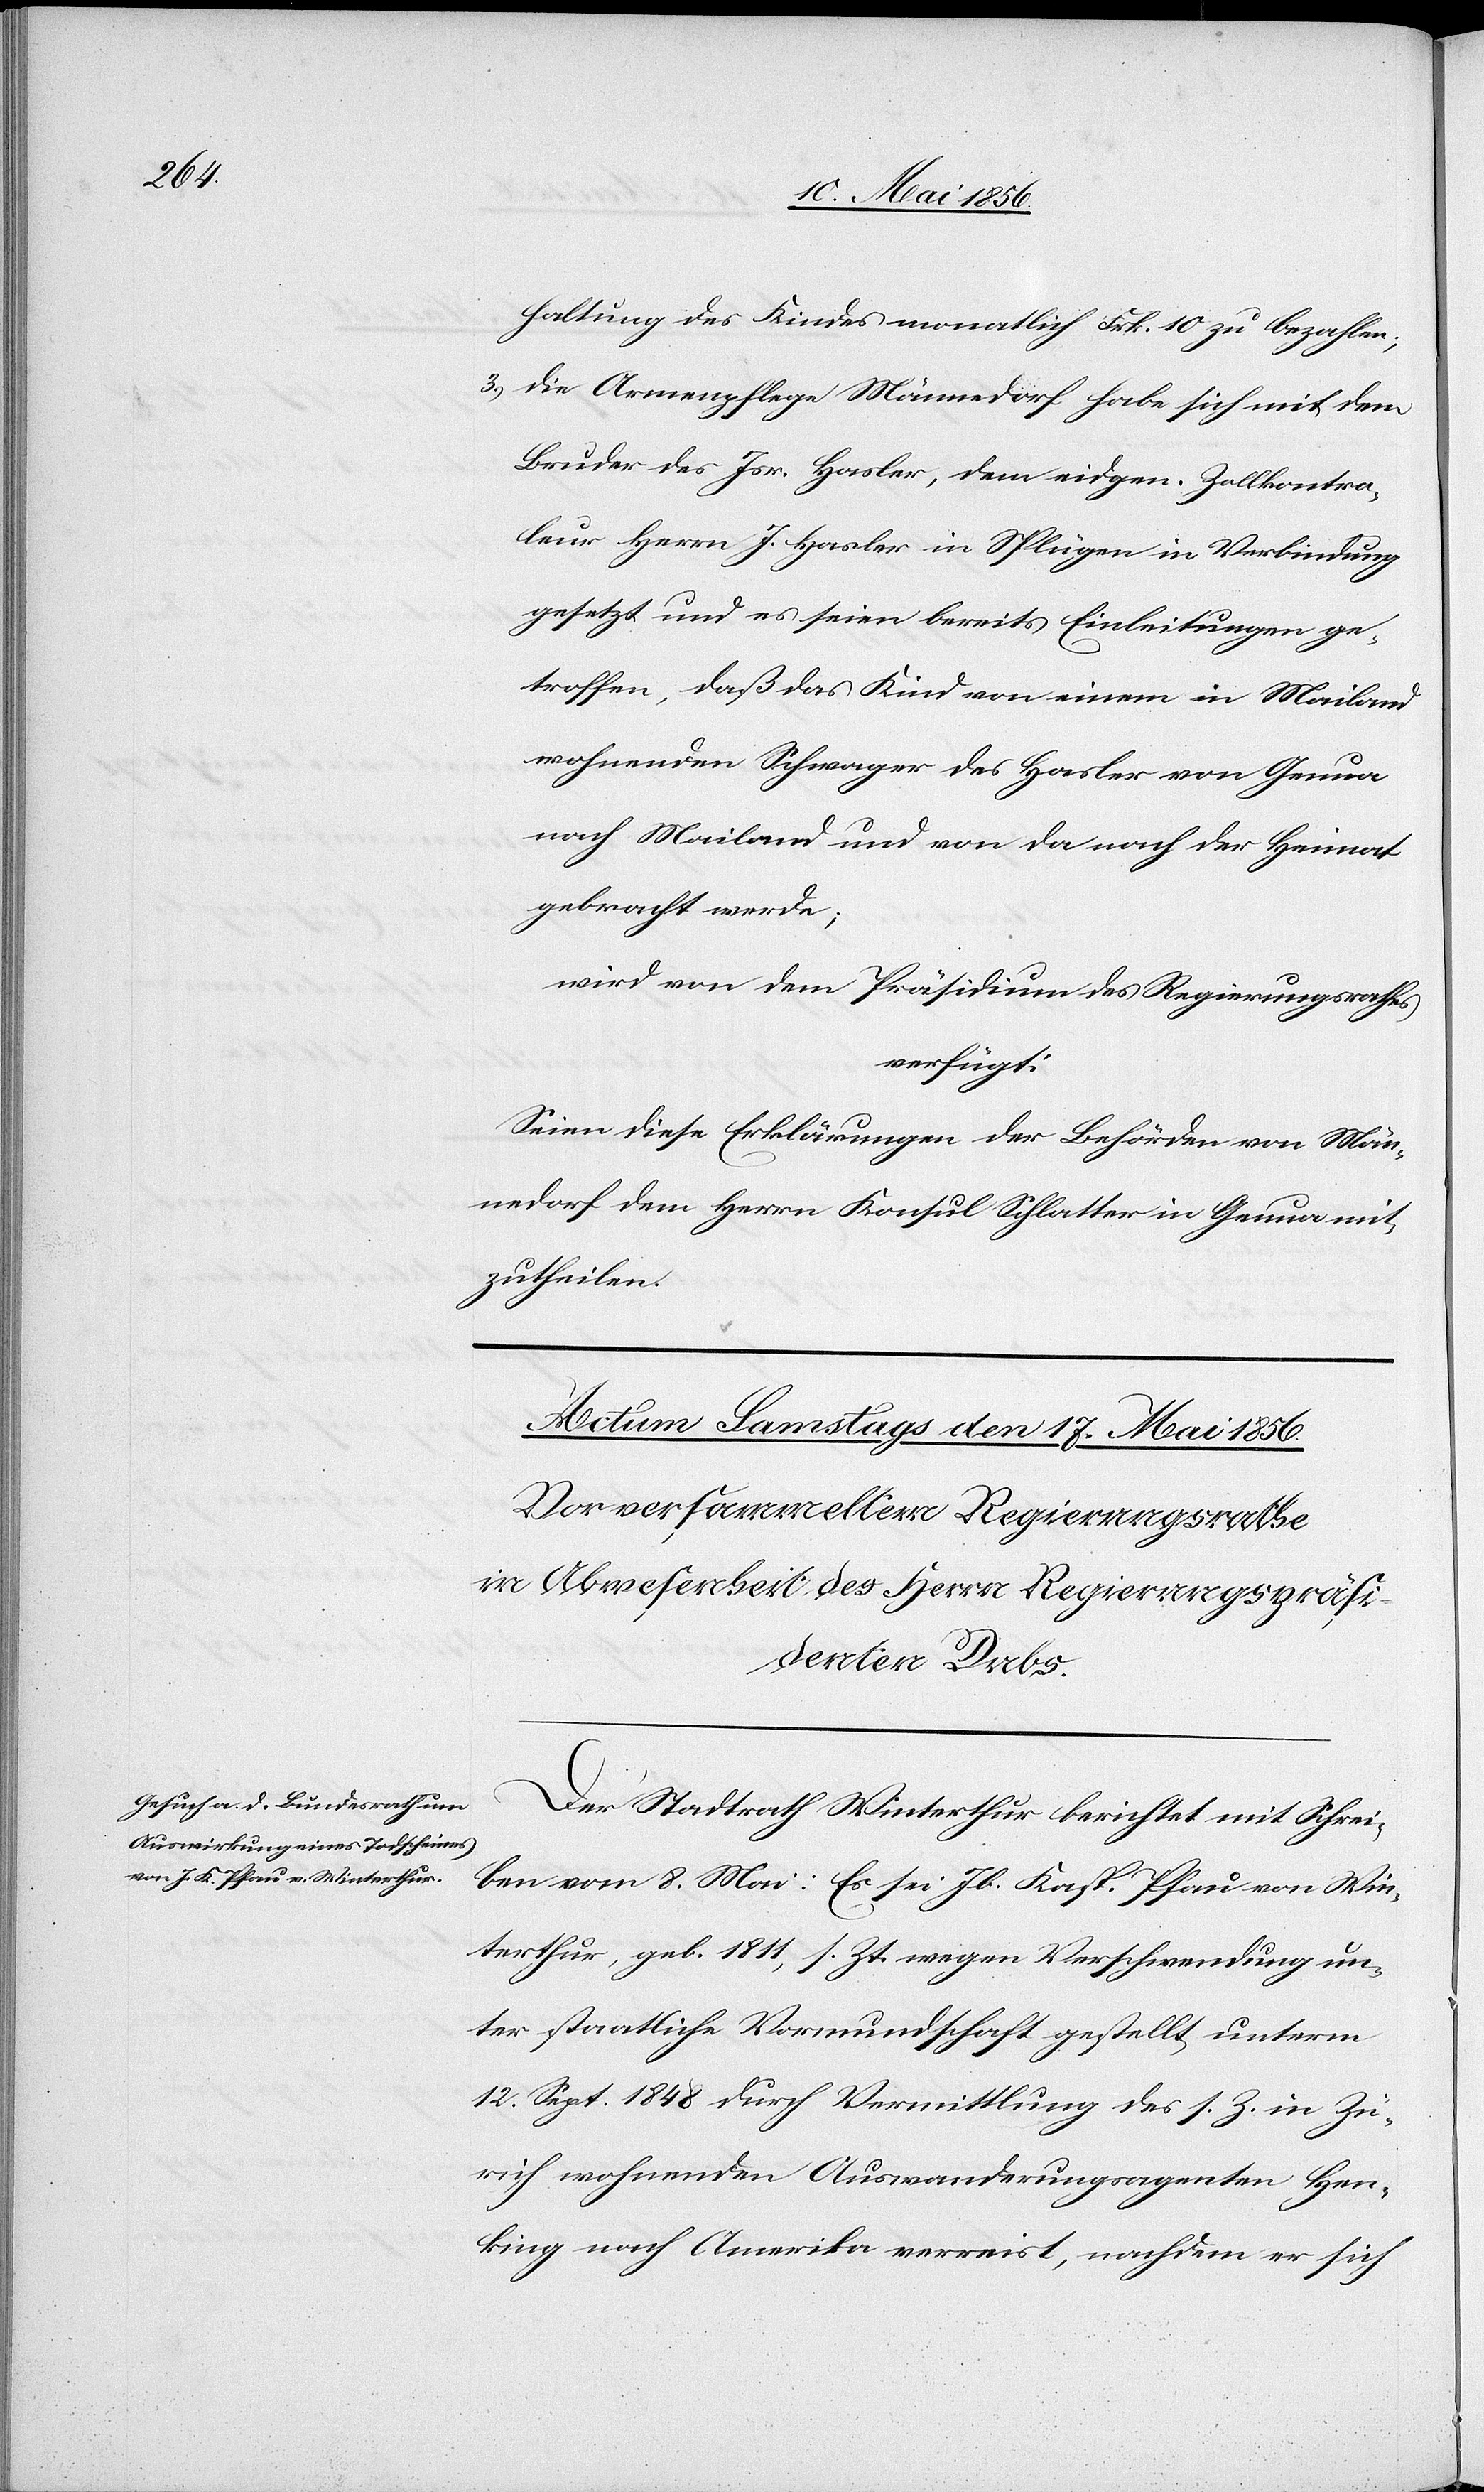
haltung des Kindes monatlich Frk. 10 zu bezahlen;
3.) die Armenpflege Männedorf habe sich mit dem
Bruder des Isr. Hasler, dem eidgen. Zollkontro¬
leur Herrn J. Hasler in Splügen in Verbindung
gesetzt und es seien bereits Einleitungen ge¬
troffen, daß das Kind von einem in Mailand
wohnenden Schwager des Hasler von Genua
nach Mailand und von da nach der Heimat
gebracht werde;
wird von dem Präsidium des Regierungsrathes
verfügt:
Seien diese Erklärungen der Behörden von Män¬
nedorf dem Herrn Konsul Schlatter in Genau mit¬
zutheilen.
Der Stadtrath Winterthur berichtet mit Schrei¬
ben vom 8. Mai: Es sei Jb. Kasp. Pfau von Win¬
terthur, geb. 1811, s. Zt. wegen Verschwendung un¬
ter staatliche Vormundschaft gestellt, unterm
12. Sept. 1848 durch Vermittlung des s. Z. in Zü¬
rich wohnenden Auswanderungsagenten Hen¬
king nach Amerika verreist, nachdem er sich